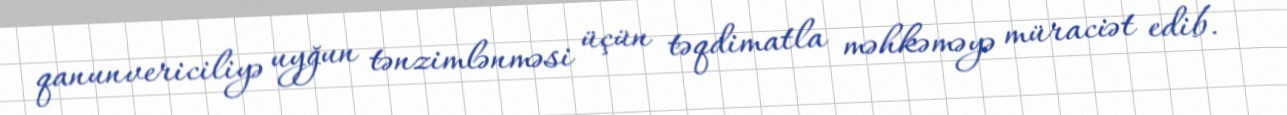
qanunvericiliyə uyğun tənzimlənməsi üçün təqdimatla məhkəməyə müraciət edib.